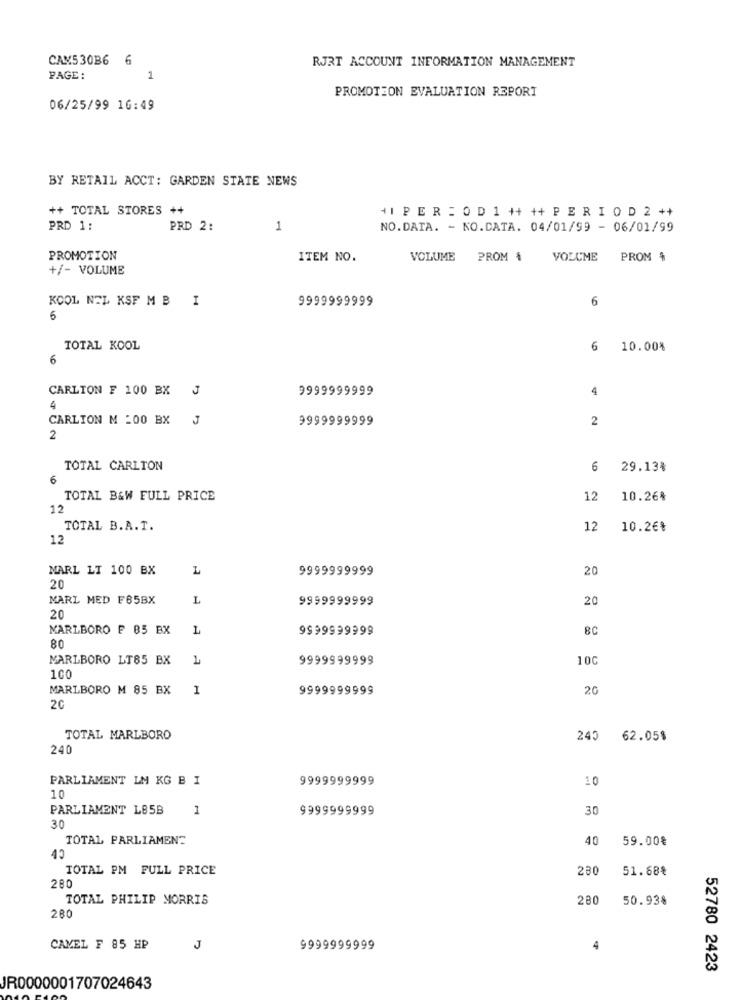
CAM530B6 6
RJRT ACCOUNT INFORMATION MANAGEMENT
PAGE:
1
PROMOTION EVALUATION REPORT
06/25/99 16:49
BY RETAIL ACCT: GARDEN STATE NEWS
++ TOTAL STORES ++
+1 PER : 0 D 1 ++ ++ P E R I O D 2 ++
PRD 1:
PRD 2:
1
NO.DATA. - NO.CATA. 04/01/99 - 06/01/99
PROMOTION
ITEM NO.
VOLUME PROM 4
VOLUME PROM $
+/- VOLUME
KOOL NEL KSF MB I
9999999999
6
6
TOTAL KOOL
6
10.00%
6
CARLTON F 100 BX J
9999999999
4
4
CARLION M -00 BX
9999999999
2
2
TOTAL CARLTON
6
29.13%
6
TOTAL B&W FULL PRICE
12
10.26%
12
TOTAL B.A.T.
12
10.2€*
12
MARL LI 100 BX
L
9999999999
20
20
MARL MED F65BX
L
9999999999
20
20
MARLBORO F 85 BX
9999999999
80
MARLBORO LT85 BX
9999999999
100
100
MARLBORO M 85 BX
1
9999999999
20
20
TOTAL MARLBORO
240 62.05%
240
PARLIAMENT LM KG B I
9999999999
10
10
PARLIAMENT L85B
1
9999999999
30
30
TOTAL PARLIAMENT
40
59.00€
TOTAL PM FULL PRICE
280
51.68%
280
TOTAL PHILIP MORRIS
280
50.93%
280
CAMEL F 85 HP
J
9999999999
4
52780 2423
JR0000001707024643